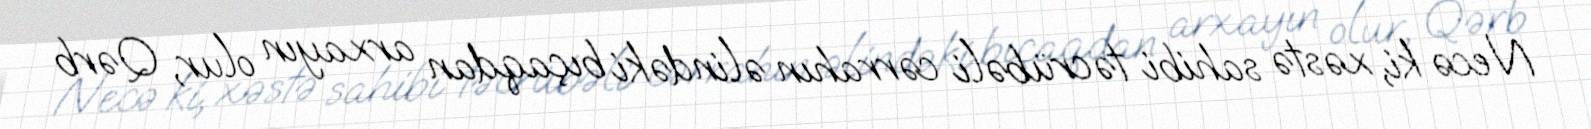
Necə ki, xəstə sahibi təcrübəli cərrahın əlindəki bıçaqdan arxayın olur, Qərb